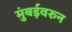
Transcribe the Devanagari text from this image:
मुंबईवरुन